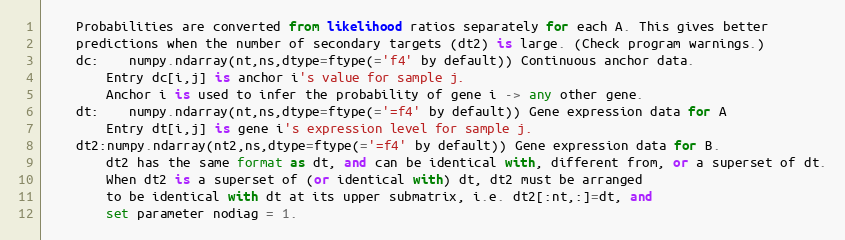
Language: Python
	Probabilities are converted from likelihood ratios separately for each A. This gives better
	predictions when the number of secondary targets (dt2) is large. (Check program warnings.)
	dc:	numpy.ndarray(nt,ns,dtype=ftype(='f4' by default)) Continuous anchor data.
		Entry dc[i,j] is anchor i's value for sample j.
		Anchor i is used to infer the probability of gene i -> any other gene.
	dt:	numpy.ndarray(nt,ns,dtype=ftype(='=f4' by default)) Gene expression data for A
		Entry dt[i,j] is gene i's expression level for sample j.
	dt2:numpy.ndarray(nt2,ns,dtype=ftype(='=f4' by default)) Gene expression data for B.
		dt2 has the same format as dt, and can be identical with, different from, or a superset of dt.
		When dt2 is a superset of (or identical with) dt, dt2 must be arranged
		to be identical with dt at its upper submatrix, i.e. dt2[:nt,:]=dt, and
		set parameter nodiag = 1.